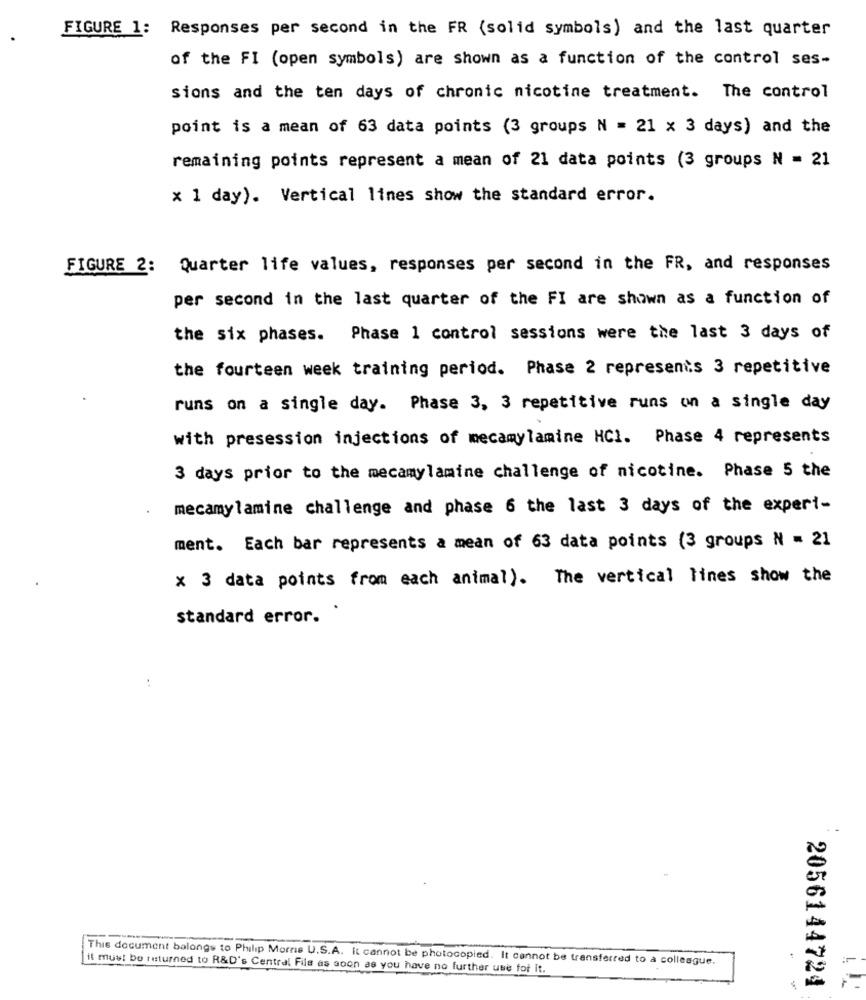
FIGURE 1: Responses per second in the FR (solid symbols) and the last quarter
of the FI (open symbols) are shown as a function of the control ses-
sions and the ten days of chronic nicotine treatment. The control
point is a mean of 63 data points (3 groups N = 21 x 3 days) and the
remaining points represent a mean of 21 data points (3 groups N = 21
x 1 day). Vertical lines show the standard error.
FIGURE 2: Quarter life values, responses per second in the FR, and responses
per second in the last quarter of the FI are shown as a function of
the six phases.
Phase 1 control sessions were the last 3 days of
the fourteen week training period. Phase 2 represents 3 repetitive
runs on a single day. Phase 3, 3 repetitive runs on a single day
with presession injections of mecamylamine HCl. Phase 4 represents
3 days prior to the mecamylamine challenge of nicotine. Phase 5 the
mecamylamine challenge and phase 6 the last 3 days of the experi-
ment. Each bar represents a mean of 63 data points (3 groups N = 21
x 3 data points from each animal). The vertical lines show the
standard error.
..
This document balongs to Philip Morris U.S.A. It cannot be photocopied. It cannot be transferred to a colleague.
it must be returned to R&D's Central Fils as soon as you have no further use for It.
2056144724